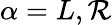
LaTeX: \alpha=L,\mathcal{R}